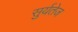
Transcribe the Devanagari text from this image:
सुर्यतेज